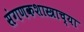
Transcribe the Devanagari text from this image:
संगणकशास्त्राच्या